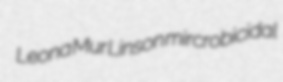
Leona Mur Linson mircrobicidal